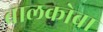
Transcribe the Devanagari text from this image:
बालकोबा